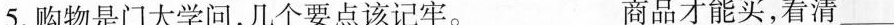
5.购物是门大学问，几个要点该记牢。___商品才能买，看清___